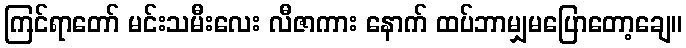
ကြင်ရာတော် မင်းသမီးလေး လီဇာကား နောက် ထပ်ဘာမျှမပြောတော့ချေ။